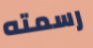
رسمته